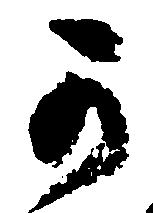
可